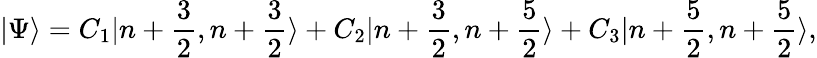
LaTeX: |\Psi\rangle=C_{1}|n+\frac{3}{2},n+\frac{3}{2}\rangle+C_{2}|n+\frac{3}{2},n+\frac{5}{2}\rangle+C_{3}|n+\frac{5}{2},n+\frac{5}{2}\rangle,